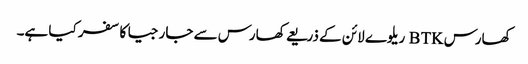
کھارس BTK ریلوے لائن کے ذریعے کھارس سے جارجیا کا سفر کیا ہے۔